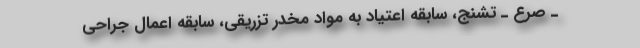
ـ صرع ـ تشنج، سابقه اعتیاد به مواد مخدر تزریقی، سابقه اعمال جراحی